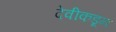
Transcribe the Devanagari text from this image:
देवीकडून